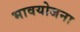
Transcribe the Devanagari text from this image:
भावयोजना